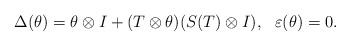
\begin{align*}\Delta (\theta)=\theta\otimes I+(T\otimes \theta )(S(T)\otimes I),~~\varepsilon (\theta)=0.\end{align*}